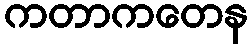
ကတာကတေန